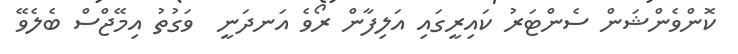
ކޮންވެންޝަން ސެންޓަރު ކައިރީގައި އަލިފާން ރޯވެ އަނދަނީ  ވަގުތު އިމޭޖްސް ބެލެވޭ